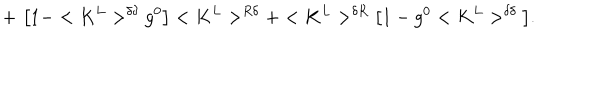
+ \, \, \big [ 1 - < K ^ { L } > ^ { \delta \delta } g ^ { 0 } \big ] < K ^ { L } > ^ { R \delta } + < K ^ { L } > ^ { \delta R } \big [ 1 - g ^ { 0 } < K ^ { L } > ^ { \delta \delta } \big ] .